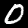
Label: 0